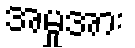
အမှုအား